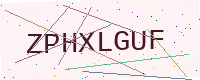
Text: ZPHXLGUF